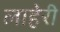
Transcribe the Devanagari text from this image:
लाहेरी